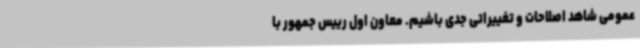
عمومی شاهد اصلاحات و تغییراتی جدی باشیم. معاون اول رییس جمهور با